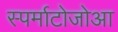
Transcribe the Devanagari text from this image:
स्पर्माटोजोआ